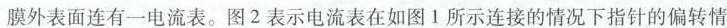
膜外表面连有一电流表。图 2 表示电流表在如图 1 所示连接的情况下指针的偏转情